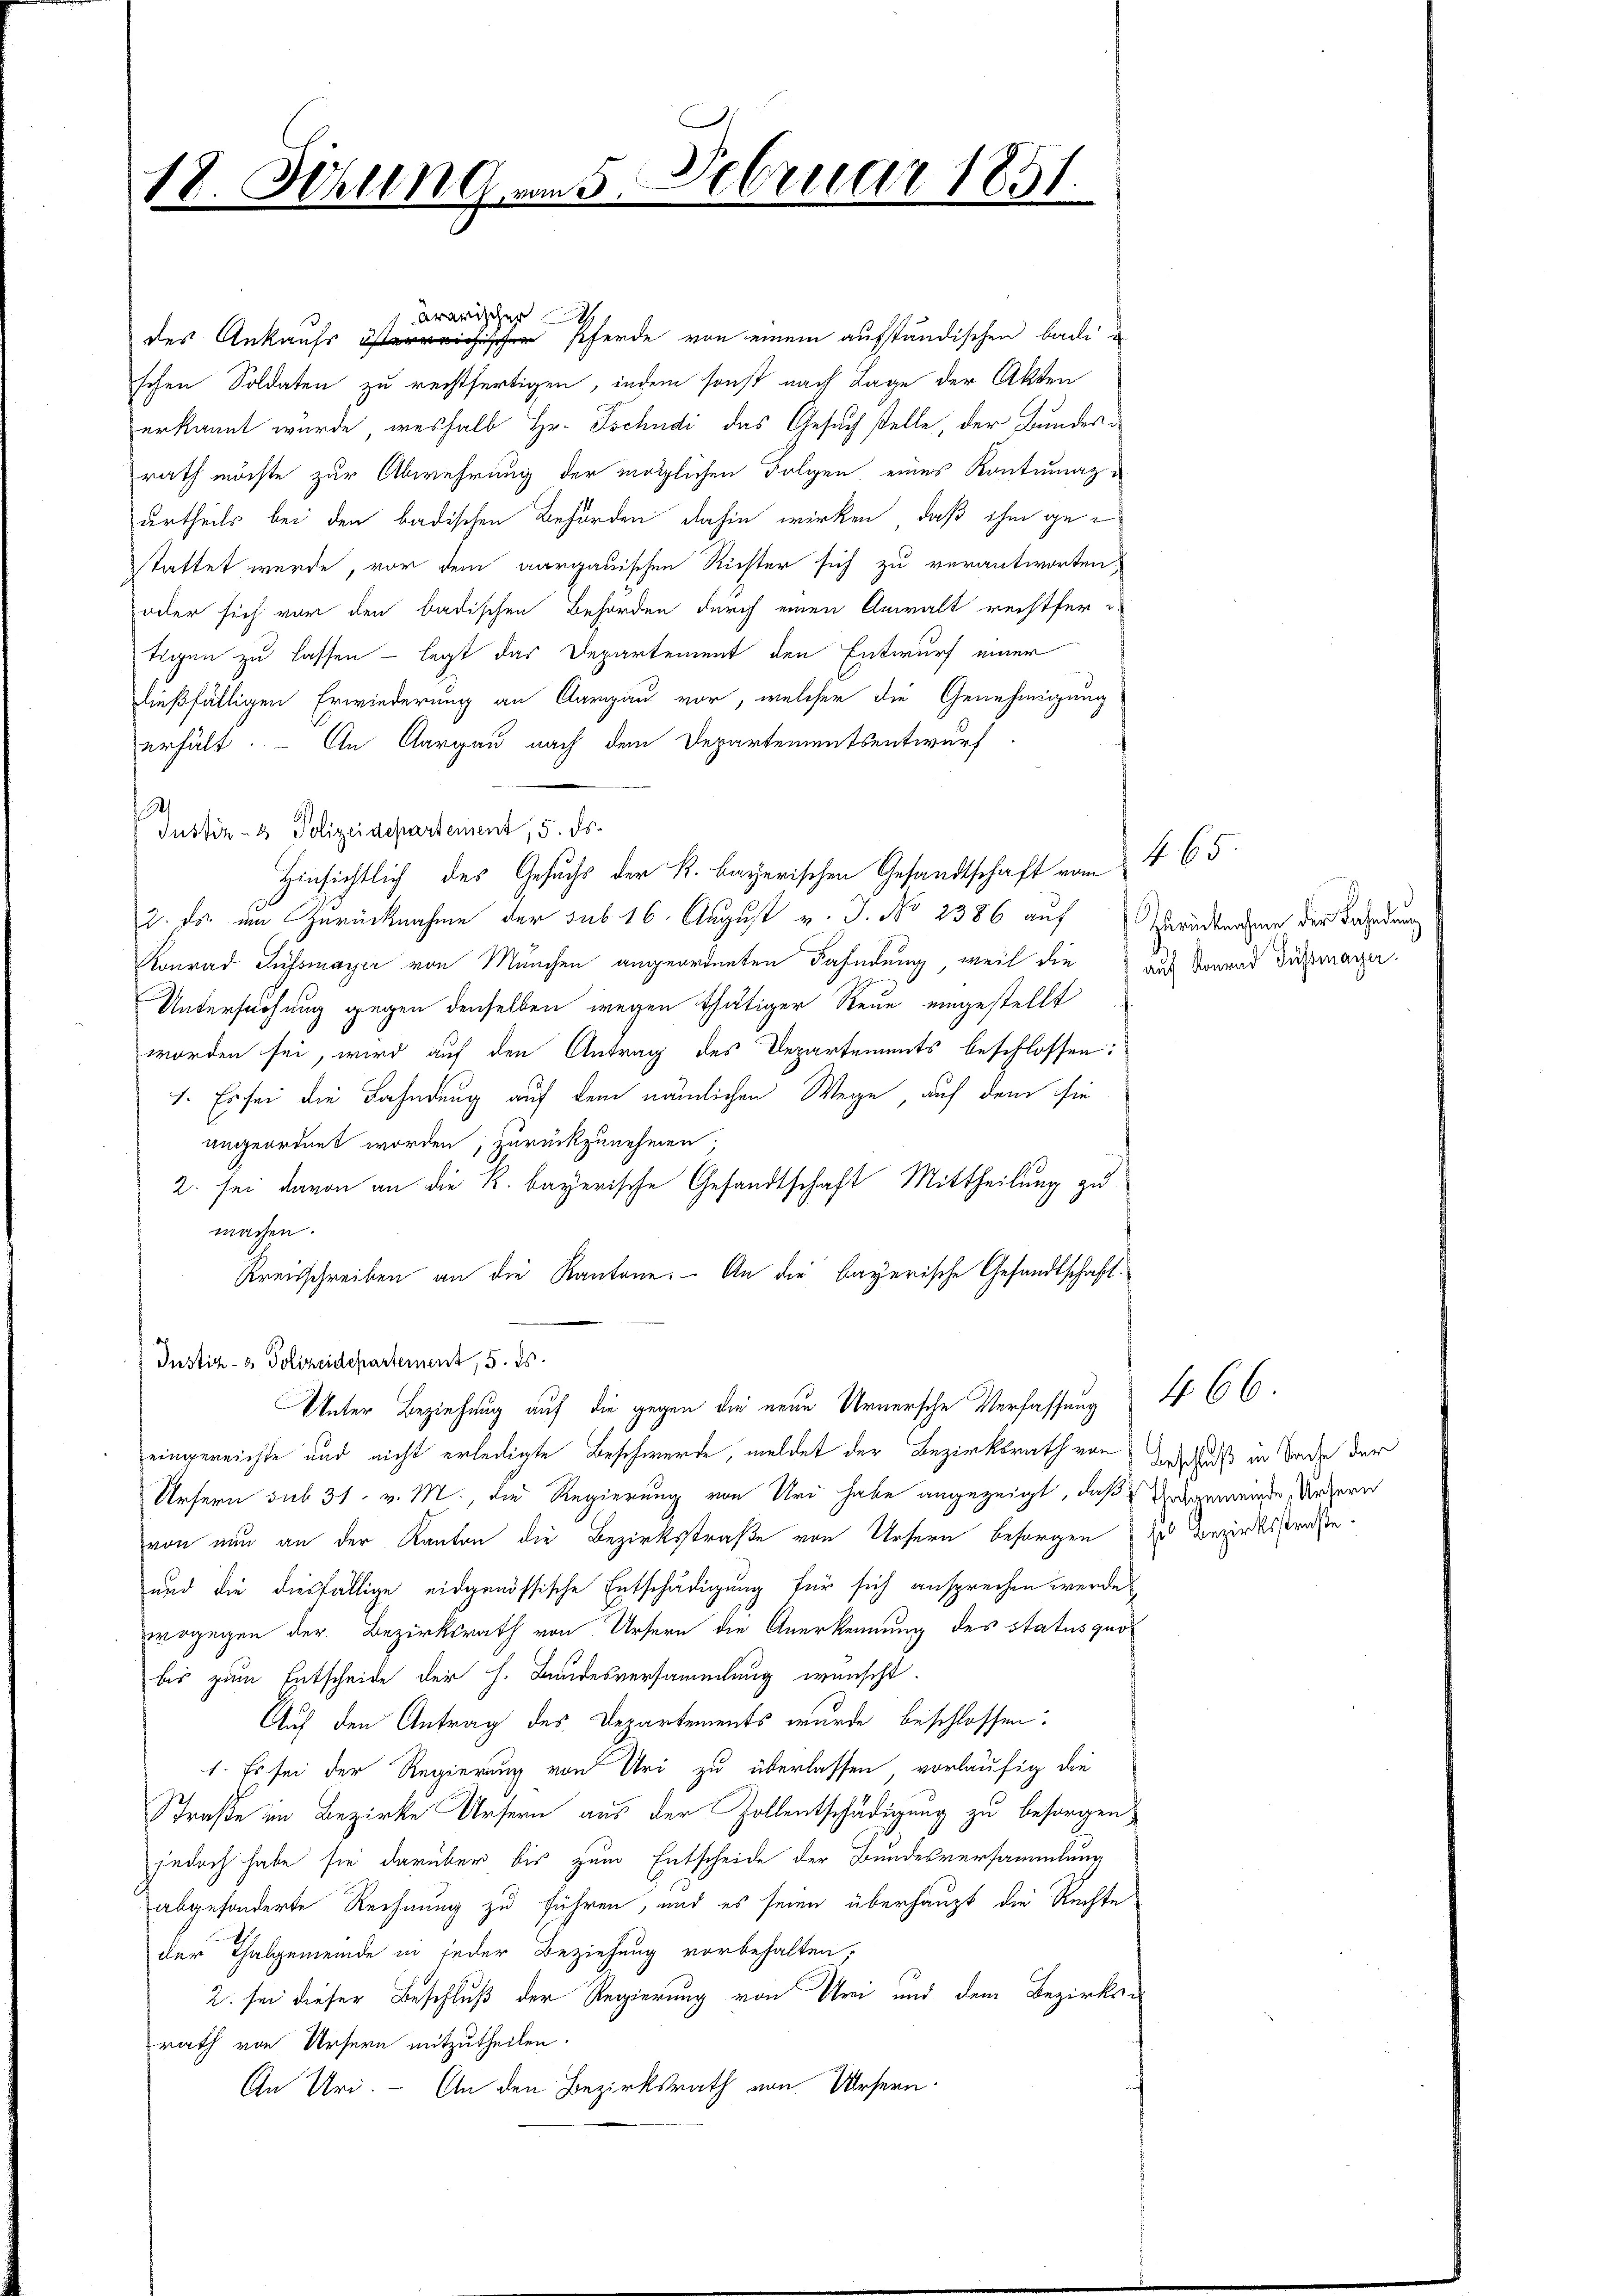
18. Ferung am 5. Februar 1851.

Ararischer
des Ankaufsich Pferde von einem aufständischen bade
schen Soldaten zu rechtfertigen, indem sonst nach Lage der Akten
erkannt wurde, weshalb Hr. Tschudi das Gesuch stelle, der Bundes i
rath möchte zur Abwehrung der möglichen Folgen, eines Kontumazurtheils bei den badischen Behörden dahin wirken, daß ihm gestattet werde, vor dem aargauischen Richter sich zu verantworten,
odler sich vor den badischen Behörden durch einen Anwalt rechtfer
tigen zu lassen - legt das Departement den Entwurf einer
dießfälligen Erwiederung an Aargau vor, welcher die Genehmigung
erhält. An Aargau nach dem Departementsentwurf
s
Justiz- & Polizeidepartement, 5. ds.
Hinsichtlich des Gesuchs der k. bayerischen Gesandtschaft vom 4. 65.
2. Es um Zurücknahme der sub 16. August v. J. No 2386 auf Brückenen der Bahndung
Konrad Sussmayer von München angeordneten Fahndung, weil die auf Konrad Fuchsmayer.
Untersuchung gegen denselben wegen thätiger Reue eingestellt
worden sei, wird auf den Antrag des Departements beschlossen:
1. Es sei die Fahndung auf dem nämlichen Wege, auf dem sie
angeordnet worden; zurückzunehmen;
2. sei davon an die K. bayerische Gesandtschaft Mittheilung zu
machen.
Kreisschreiben an die Kantone. An die bayerische Gesandtschaft¬
Justich- & Polizeidepartement, 5. ds.
Unter Beziehung auf die gegen die neue Urnersche Verfassung
eingereichte und nicht erledigte Beschwerde, meldet der Bezirksrath von Entschluß in Tage der
Ursern sub 31. v. M., die Regierung von Uri habe angezeigt, daß Hagemeinde Untern
von nun an der Kanton die Bezirksstraße von Ursern besorgen zu bezirksstraße.
und die diesfällige eidgenössische Entschädigung für sich ansprechen werde
wogegen der Bezirksrath von Ursern die Anerkennung des Status quo
bis zum Entscheide der h. Bundesversammlung wünscht.
Auf den Antrag des Departements wurde beschlossen:
1. Es sei der Regierung von Uri zu überlassen, vorläufig die
Straße im Bezirke Ursern aus der Zollentschädigung zu besorgen,
jedoch habe sie darüber bis zum Entscheide der Bundesversammlung
abgesonderte Rechnung zu führen, und es seien überhaupt die Rechte
der Thalgemeinde in jeder Beziehung vorbehalten,
2. sei dieser Beschluß der Regierung von Uri und dem Bezirksrath von Ursern mitzutheilen.
An Uri. — An den Bezirksrath von Ursern.

466.